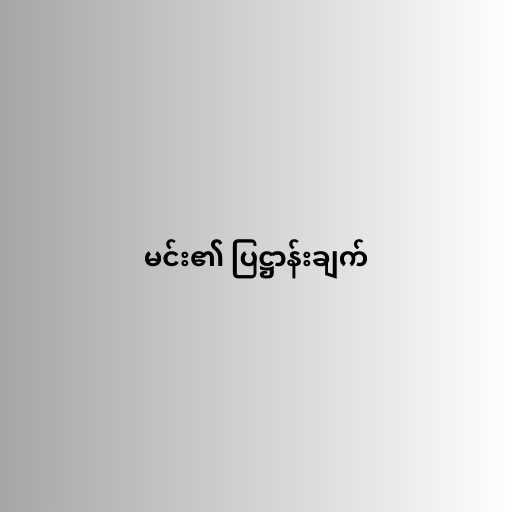
မင်း၏ ပြဋ္ဌာန်းချက်